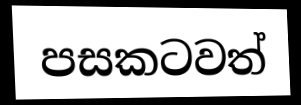
පසකටවත්